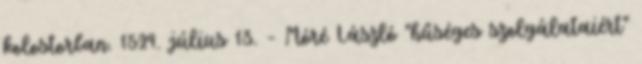
kolostorban. 1529. július 13. – Móré László "hűséges szolgálataiért"